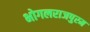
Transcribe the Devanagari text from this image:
भोगलराजपुरम